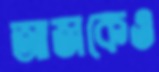
আজকেও